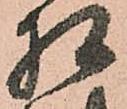
相